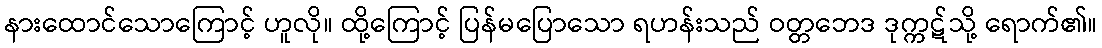
နားထောင်သောကြောင့် ဟူလို။ ထို့ကြောင့် ပြန်မပြောသော ရဟန်းသည် ဝတ္တဘေဒ ဒုက္ကဋ်သို့ ရောက်၏။